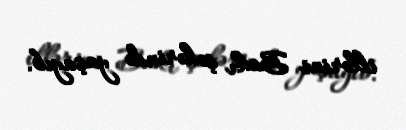
illərini Bakı şəhərində yaşayıb.